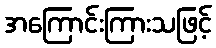
အကြောင်းကြားသဖြင့်